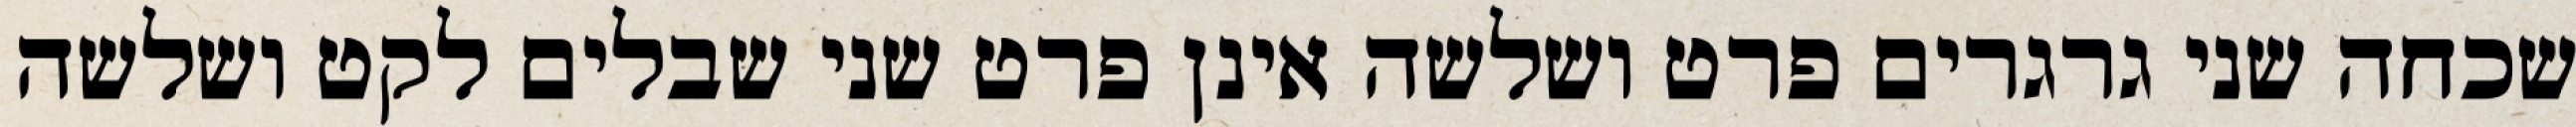
שכחה שני גרגרים פרט ושלשה אינן פרט שני שבלים לקט ושלשה